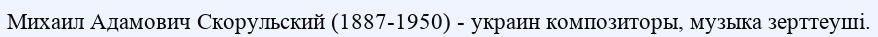
Михаил Адамович Скорульский (1887-1950) - украин композиторы, музыка зерттеуші.